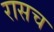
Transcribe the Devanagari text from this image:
रासच